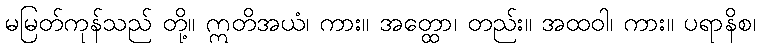
မမြတ်ကုန်သည် တို့။ ဣတိအယံ၊ ကား။ အတ္ထော၊ တည်း။ အထဝါ၊ ကား။ ပရာနိစ၊